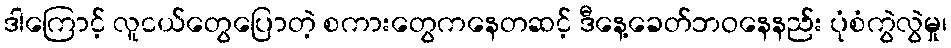
ဒါကြောင့် လူငယ်တွေပြောတဲ့ စကားတွေကနေတဆင့် ဒီနေ့ခေတ်ဘဝနေနည်း ပုံစံကွဲလွဲမှု၊